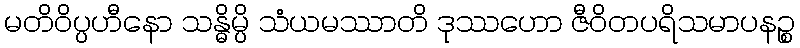
မတိဝိပ္ပဟီနော သန္ဓိမ္ပိ သံယမဿာတိ ဒုဿဟော ဇီဝိတပရိသမာပနဉ္စ